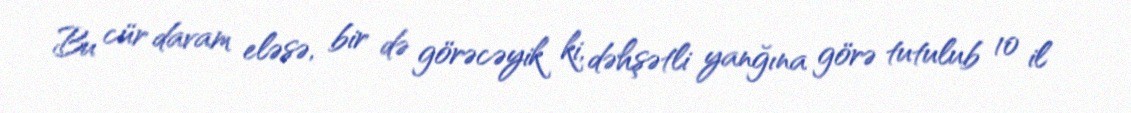
Bu cür davam eləsə, bir də görəcəyik ki, dəhşətli yanğına görə tutulub 10 il